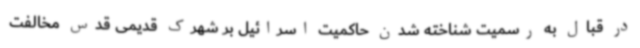
در قبال به رسمیت شناخته شدن حاکمیت اسرائیل بر شهرک قدیمی قدس مخالفت